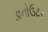
ડાનોઉટર